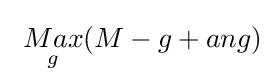
{\underset {\ g}{\ Max}}(M-g+ang)